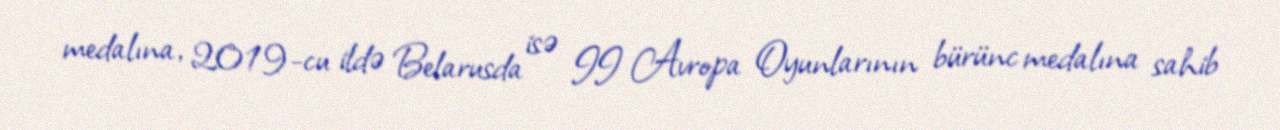
medalına, 2019-cu ildə Belarusda isə II Avropa Oyunlarının bürünc medalına sahib